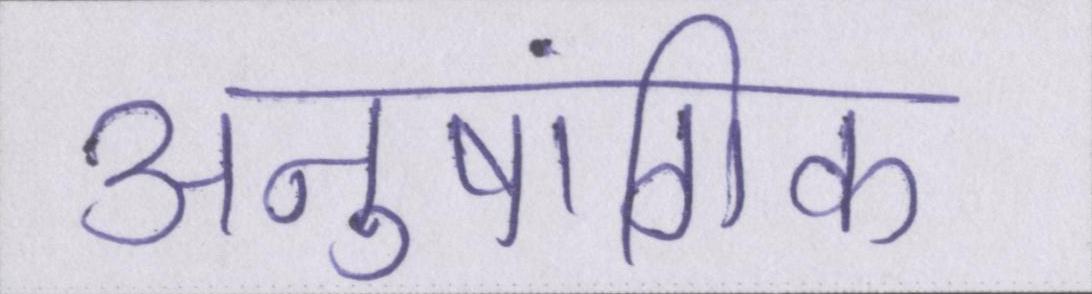
अनुषांगिक